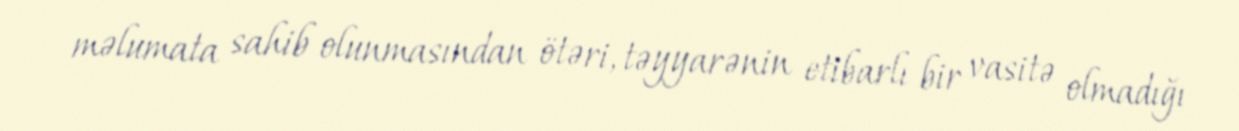
məlumata sahib olunmasından ötəri, təyyarənin etibarlı bir vasitə olmadığı